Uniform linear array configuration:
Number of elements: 8
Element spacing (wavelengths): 0.5
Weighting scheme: hann
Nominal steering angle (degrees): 30
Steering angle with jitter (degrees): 29.008
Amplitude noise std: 0.05
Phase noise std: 0.05

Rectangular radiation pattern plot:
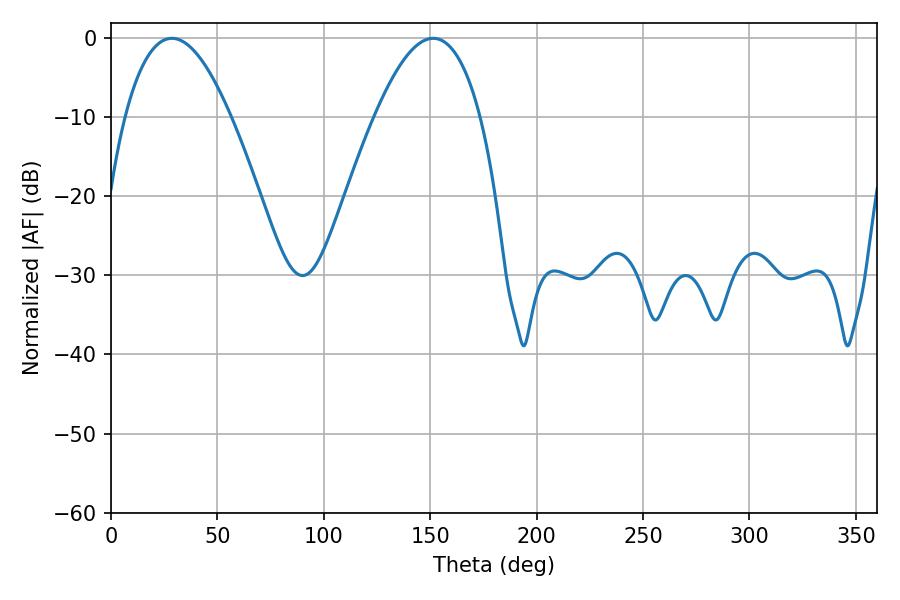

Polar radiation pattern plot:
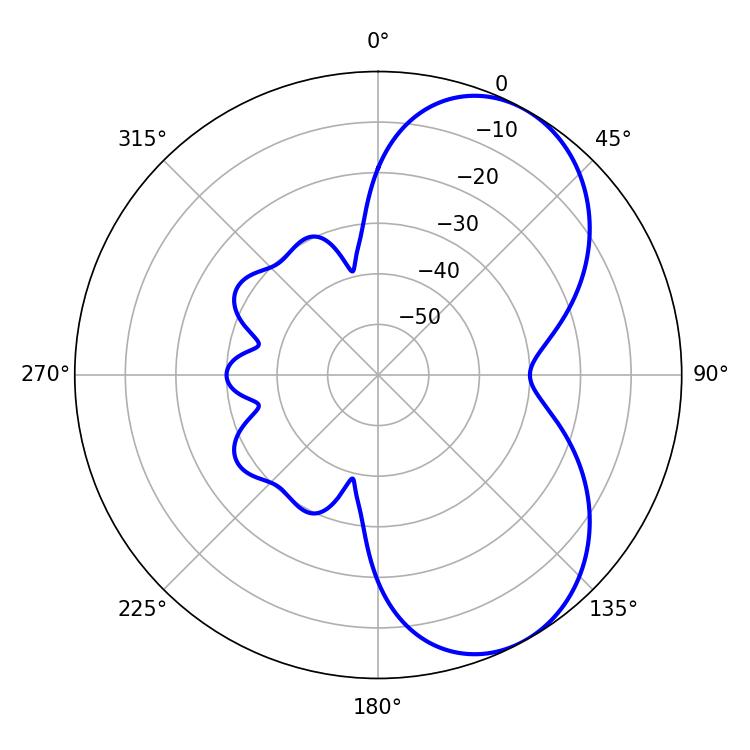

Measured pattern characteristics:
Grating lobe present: FALSE
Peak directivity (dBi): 5.963
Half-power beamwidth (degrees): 27.36
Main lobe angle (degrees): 28.62